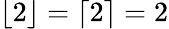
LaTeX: \lfloor 2\rfloor=\lceil 2\rceil=2